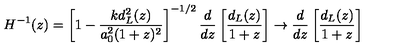
H ^ { - 1 } ( z ) = \left[ 1 - \frac { k d _ { L } ^ { 2 } ( z ) } { a _ { 0 } ^ { 2 } ( 1 + z ) ^ { 2 } } \right] ^ { - 1 / 2 } \frac { d } { d z } \left[ \frac { d _ { L } ( z ) } { 1 + z } \right] \to \frac { d } { d z } \left[ \frac { d _ { L } ( z ) } { 1 + z } \right]